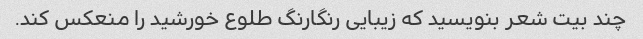
چند بیت شعر بنویسید که زیبایی رنگارنگ طلوع خورشید را منعکس کند.